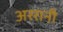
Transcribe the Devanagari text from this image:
अररानी